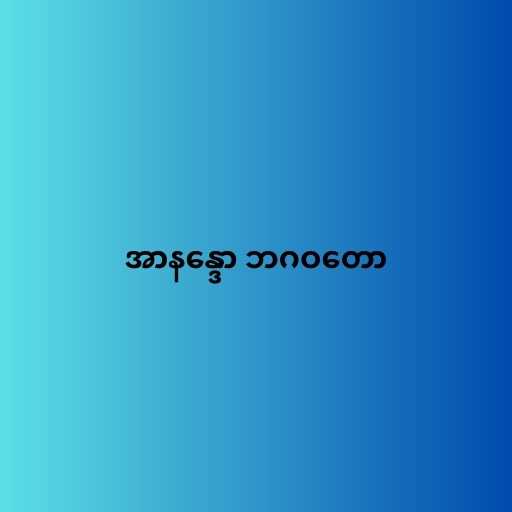
အာနန္ဒော ဘဂဝတော